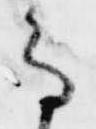
な